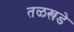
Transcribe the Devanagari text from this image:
तळखडे